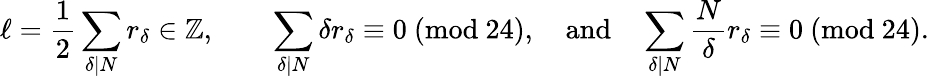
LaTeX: \begin{array}{r}{\ell=\displaystyle\frac{1}{2}\sum_{\delta\mid N}r_{\delta}\in\mathbb{Z},\quad\quad\sum_{\delta\mid N}\delta r_{\delta}\equiv 0\ (\mathrm{mod}\ 24),\quad\mathrm{and}\quad\sum_{\delta\mid N}\frac{N}{\delta}r_{\delta}\equiv 0\ (\mathrm{mod}\ 24).}\end{array}